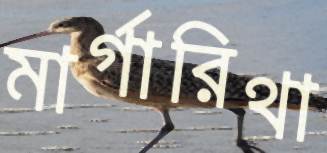
মার্গারিথা